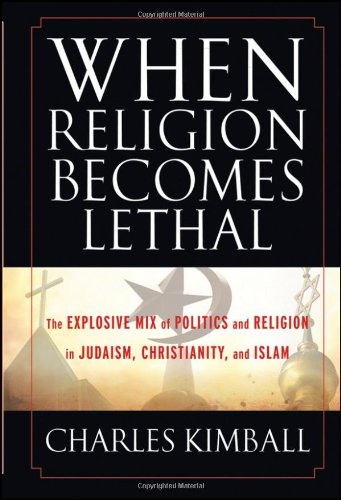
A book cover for When Religion Becomes Lethal: The Explosive Mix of Politics and Religion in Judaism, Christianity, and Islam; Charles Kimball; Christian Books & Bibles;